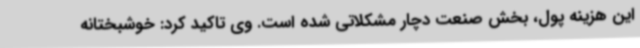
این هزینه پول، بخش صنعت دچار مشکلاتی شده است. وی تاکید کرد: خوشبختانه